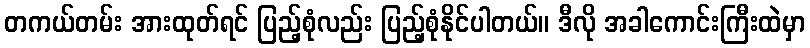
တကယ်တမ်း အားထုတ်ရင် ပြည့်စုံလည်း ပြည့်စုံနိုင်ပါတယ်။ ဒီလို အခါကောင်းကြီးထဲမှာ